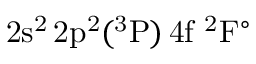
\mathrm { 2 s ^ { 2 } \, 2 p ^ { 2 } ( ^ { 3 } P ) \, 4 f ~ ^ { 2 } F ^ { \circ } }